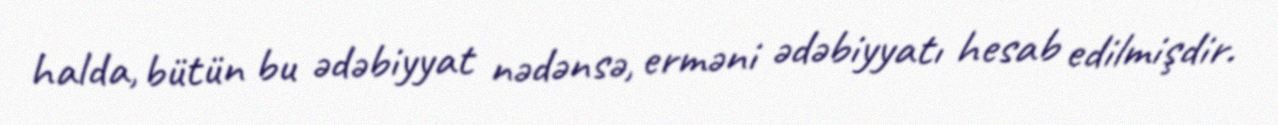
halda, bütün bu ədəbiyyat nədənsə, erməni ədəbiyyatı hesab edilmişdir.